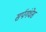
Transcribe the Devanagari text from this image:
सर्पगंधेस